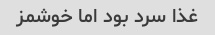
غذا سرد بود اما خوشمز